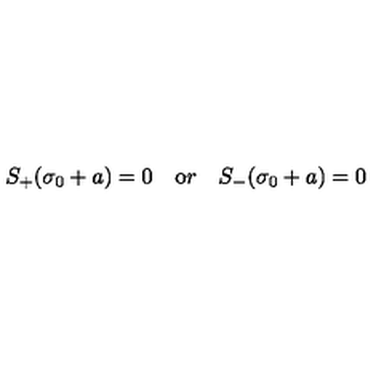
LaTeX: S _ { + } ( \sigma _ { 0 } + a ) = 0 \quad { \mathrm { o } r } \quad S _ { - } ( \sigma _ { 0 } + a ) = 0